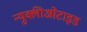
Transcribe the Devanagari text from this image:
न्युक्लीओटाइड